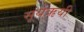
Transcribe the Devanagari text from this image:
सूर्यऋयी